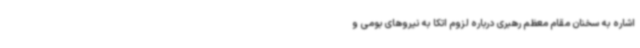
اشاره به سخنان مقام معظم رهبری درباره لزوم اتکا به نیروهای بومی و